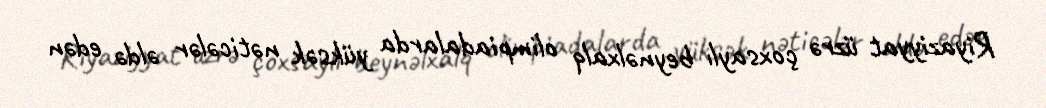
Riyaziyyat üzrə çoxsaylı beynəlxalq olimpiadalarda yüksək nəticələr əldə edən